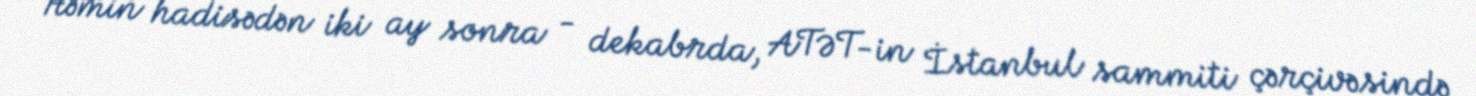
Həmin hadisədən iki ay sonra - dekabrda, ATƏT-in İstanbul sammiti çərçivəsində